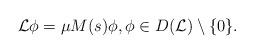
LaTeX: \begin{align*} {\cal L}\phi=\mu M(s)\phi, \phi\in D({\cal L})\setminus \{0\}. \end{align*}